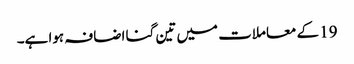
19 کے معاملات میں تین گنا اضافہ ہوا ہے۔